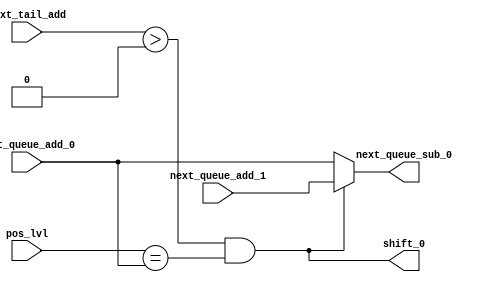
module lvl_0_logic(
    input [1:0] next_queue_add_0,
    input [1:0] next_queue_add_1,
    input [2:0] next_tail_add,
    input [1:0] pos_lvl,
    output [1:0] next_queue_sub_0,
    output shift_0
);
    assign shift_0 = (next_tail_add > 0) & (pos_lvl == next_queue_add_0);
    assign next_queue_sub_0 = shift_0 ? next_queue_add_1 : next_queue_add_0;
endmodule